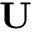
\mathbf { U }